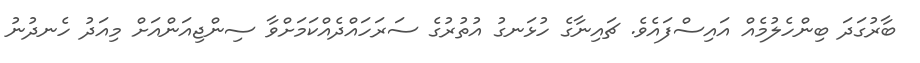
ބާރުގަދަ ބިންހެލުމެއް އައިސްފައެވެ. ޗައިނާގެ ހުޅަނގު އުތުރުގެ ސަރަހައްދެއްކަމަށްވާ ސިންޖިއަންއަށް މިއަދު ހެނދުނު